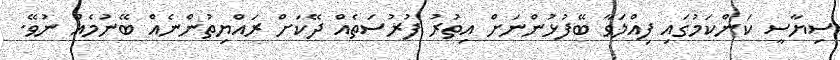
ސިޔާސީ ކަންކަމުގައި ފިއްލަވާ ބޭފުޅުންނަށް އިތުރު ފުރުސަތެއް ދޭކަށް ރައްޔިތުންނެއް ބޭނުމެއް ނުވޭ.